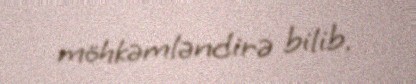
möhkəmləndirə bilib.